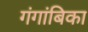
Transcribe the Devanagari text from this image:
गंगांबिका